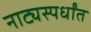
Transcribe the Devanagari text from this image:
नाट्यस्पर्धांत